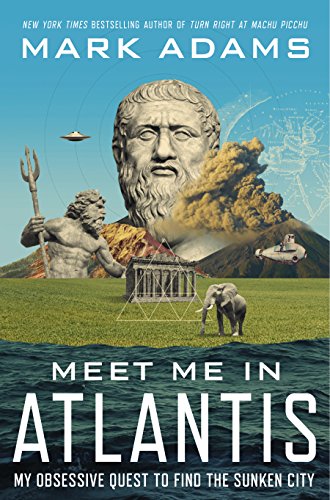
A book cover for Meet Me in Atlantis: My Obsessive Quest to Find the Sunken City; Mark Adams; History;